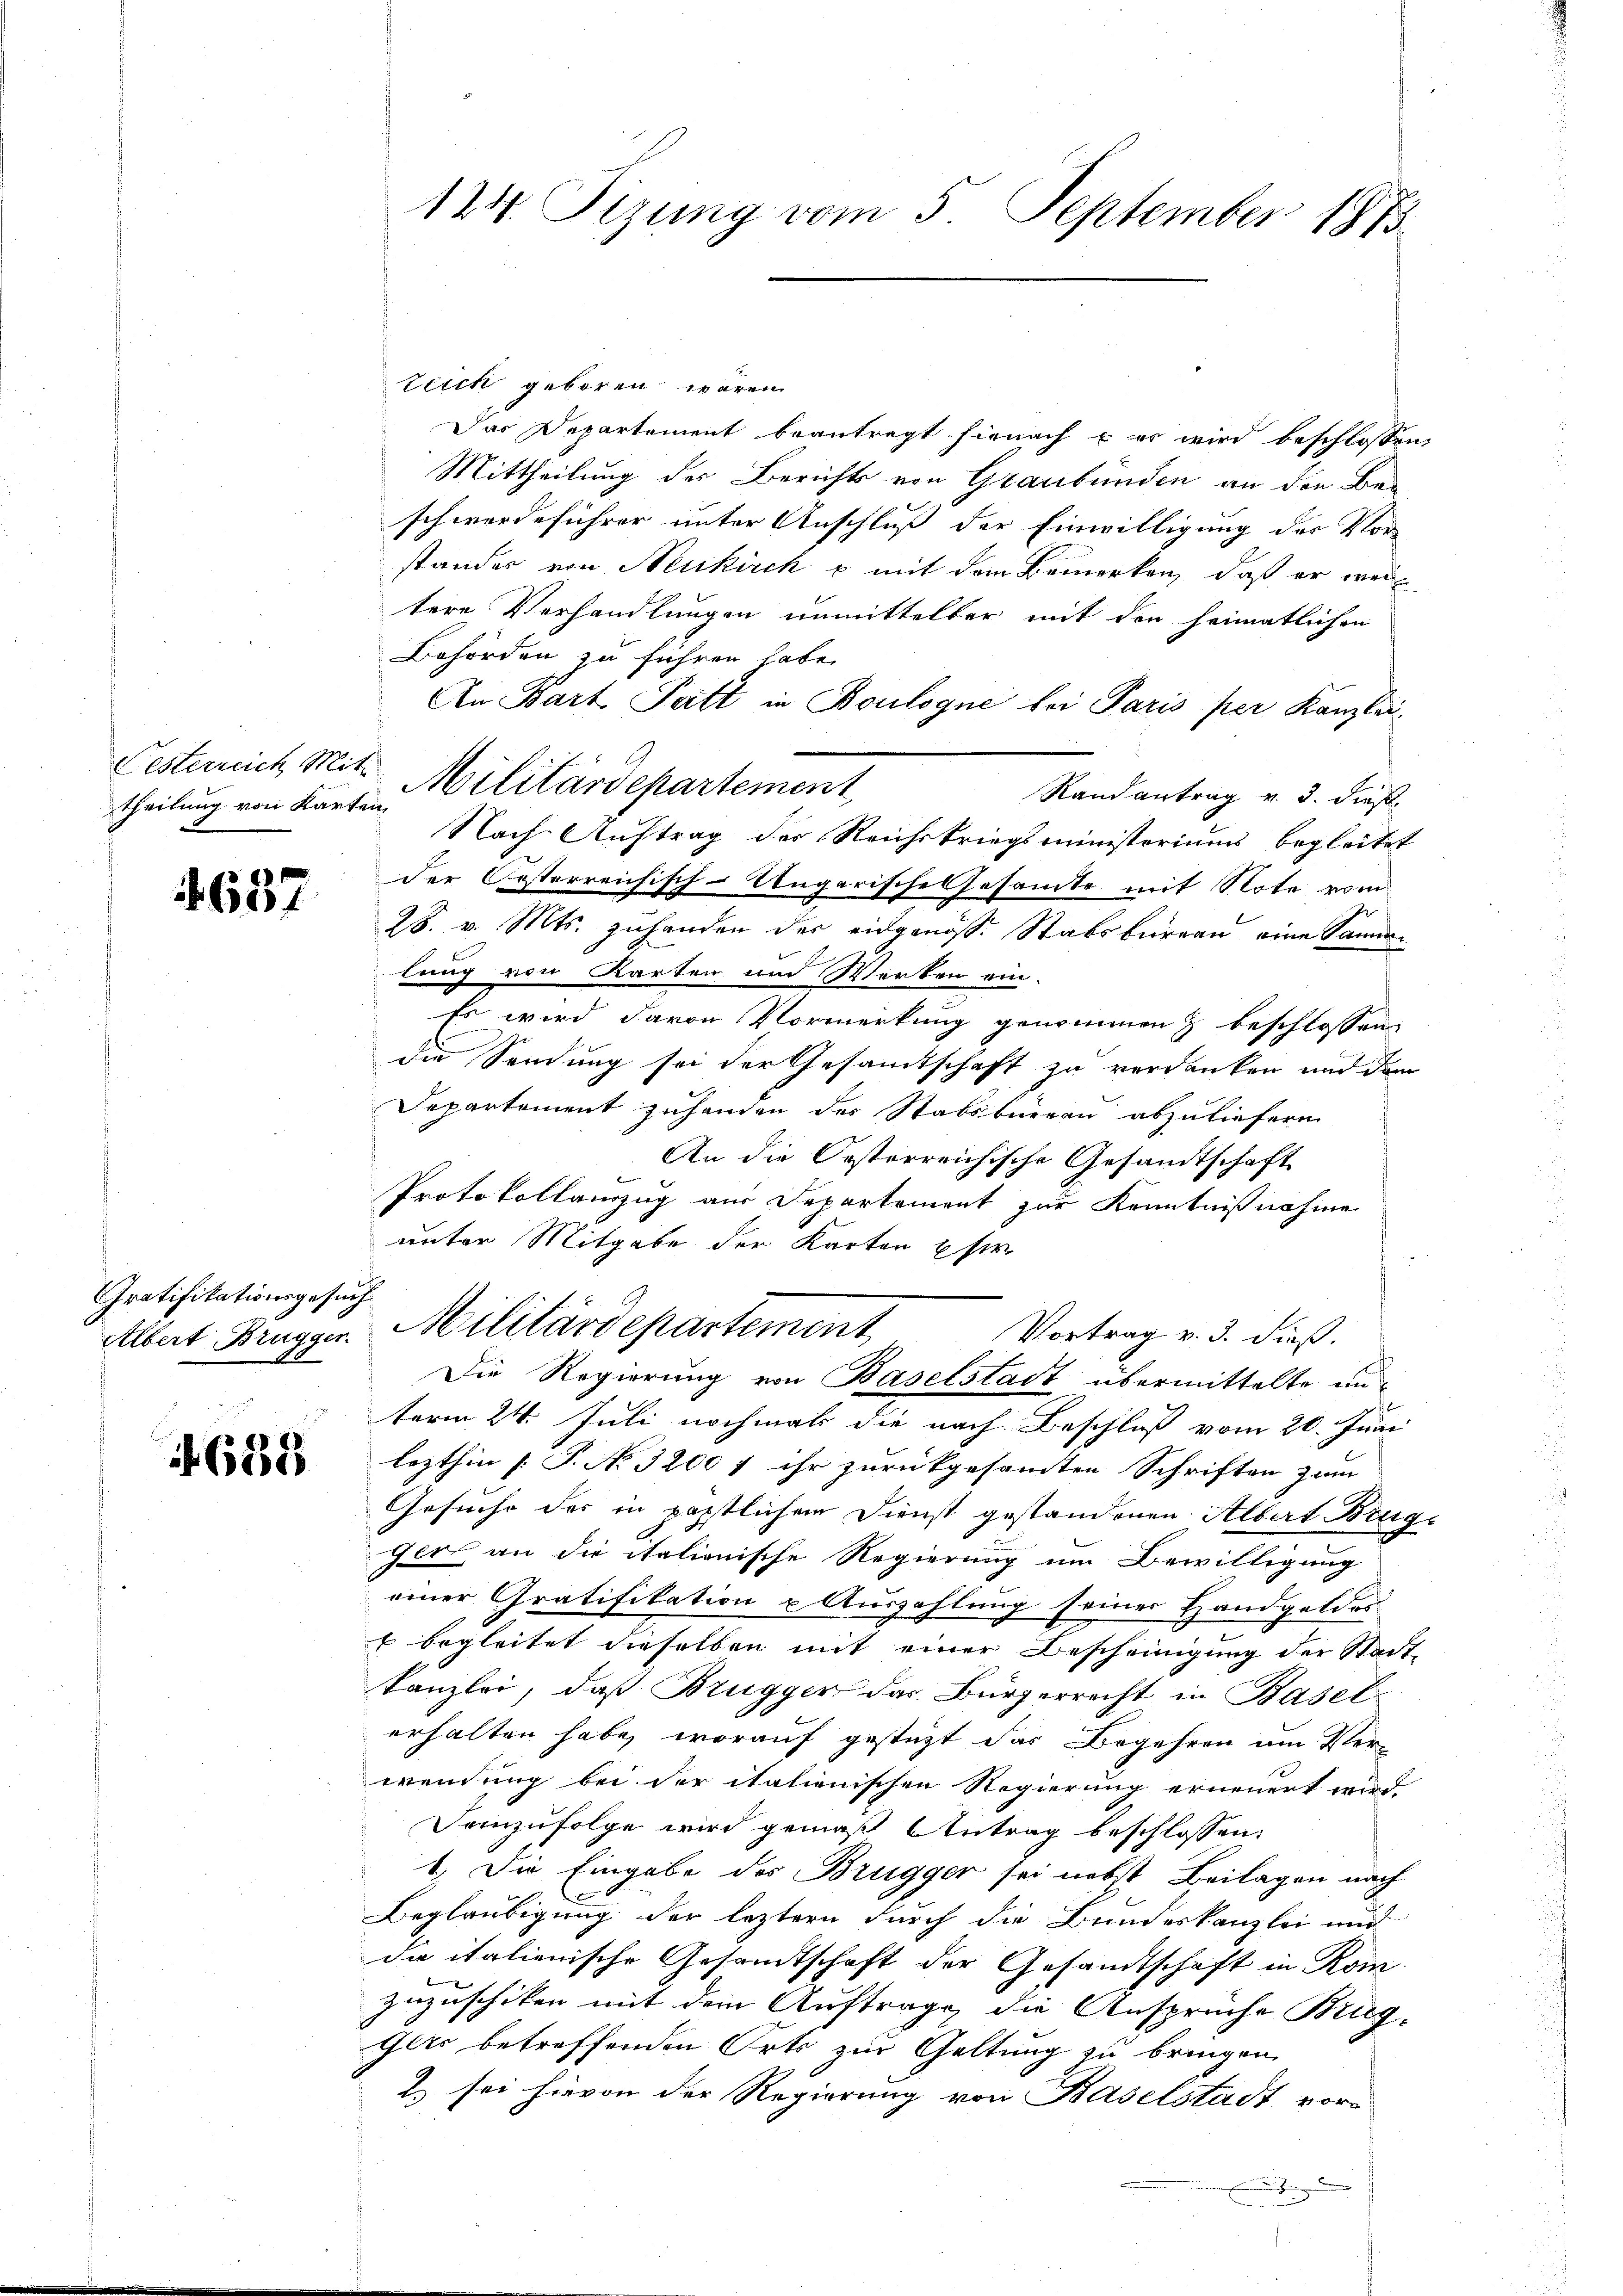
theilung von Karten

637

teich geboren wären.
Das Departement beantragt hienach u es wird beschlossen,
Mittheilung des Berichts von Graubünden an den Beschwerdeführer unter Anschluß der Einwilligung des Vor-
standes von Neukirche mit dem Bemerken, daß er weil
tere Verhandlungen unmittelbar mit den heimatlichen
Behörden zu führen habe.
An Bart Patt in Boulogne bei Paris per Kanzlei
Randantrag v. 3. dies
Nach Auftrag der Reichskriegsministeriums begleitet
der Posterreichisch-Ungarische Gesamte mit Note vom
28. v. Mts. zuhanden der eidgenöss. Stabsbureau eine Sammlung von Karten und Werken ein-
Es wird davon Vormerkung genommen & beschlossen
die Sandung sei der Gesamtschaft zu verdanken und dem
Departement zuhanden des Stabsbureau abzuliefern
An die Oesterreichische Gesamtschaft
Protokollanzug aus Departement zur Kenntnißnahme
unter Mitgabe der Karten Eser
Albert Brugger. Militärdepartement
Vortrag v. 3. dieß.
Die Regierung von Baselstadt übermittelte unterm 24. Juli nochmal die nach Beschluß vom 20. Juni
lezthin [P. No 3200 f ihr zurückgesamten Schriften zum
Gesuche des in päpstlichem Dienst gestandenen Albert Bruge
Jlt an die italionische Regierung um Bewilligung
einer Gratifikation u Auszahlung seiner Handgeldes
 begleitet dieselben mit einer Bescheinigung der Stadt-
Kanzlei, daß Brugger das Bürgerrecht in Baselerhalten habe, worauf gestützt das Begehren um Verwendung bei der italienischen Regierung erneuert wird.
Demzufolge wird gemäß Antrag beschlossen:
1.) Die Eingabe des Brugger sei nebst Beilagen nach
Beglaubigung der leztern durch die Bundeskanzlei und
dae italienische Gesandtschaft der Gesandtschaft in Rom.
zuzuschiken mit dem Auftrage die Ansprüche Brüg¬
Ilts betreffenden Orts zur Geltung zu bringen.
Es sei hievon der Regierung von Baselstadt vor-

Gratifikationsgesuch
e

688

124. Fizung vom 5. September 1873

Lesterrich Mit Militärdepartement